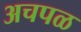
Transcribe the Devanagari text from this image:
अचपळ